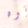
أوه